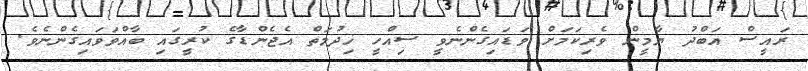
ރައީސް އަބްދު ޔާމީން ވެރިކަމަށް ވަޑައިގެންނެވީ ސިއްހީ ޚިދުމަތް އެޖެންޑާގެ ކުރީގައި ބާއްވަވައިގެންނެވެ.